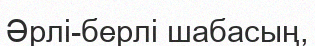
Әрлі-берлі шабасың,